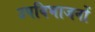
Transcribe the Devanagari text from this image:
उपविभाजनों